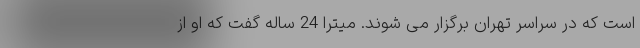
است که در سراسر تهران برگزار می شوند. میترا 24 ساله گفت که او از